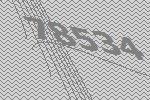
78534